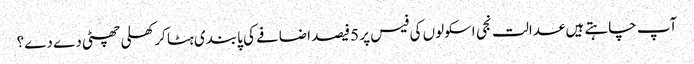
آپ چاہتے ہیں عدالت نجی اسکولوں کی فیس پر 5فیصد اضافے کی پابندی ہٹا کر کھلی چھٹی دے دے؟